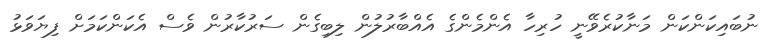
ނުބައިކަންކަން މަނާކުރެވޭނީ ހުރިހާ އެންމެންގެ އެއްބާރުލުން ލިބިގެން ސަރުކާރުން ވެސް އެކަންކަމަށް ފިޔަވަޅު